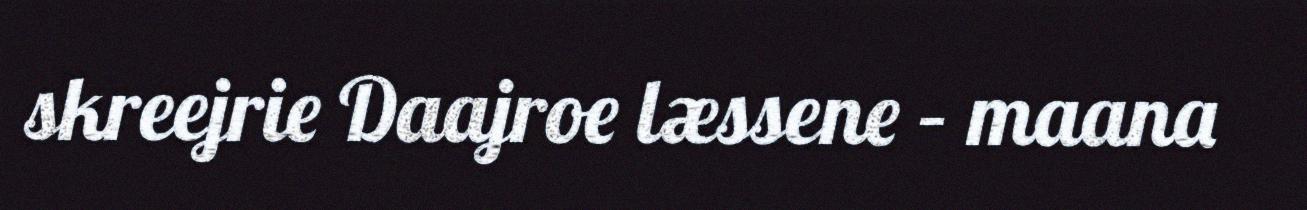
skreejrie Daajroe læssene – maana